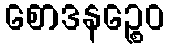
စောဒနဉ္စေဝ